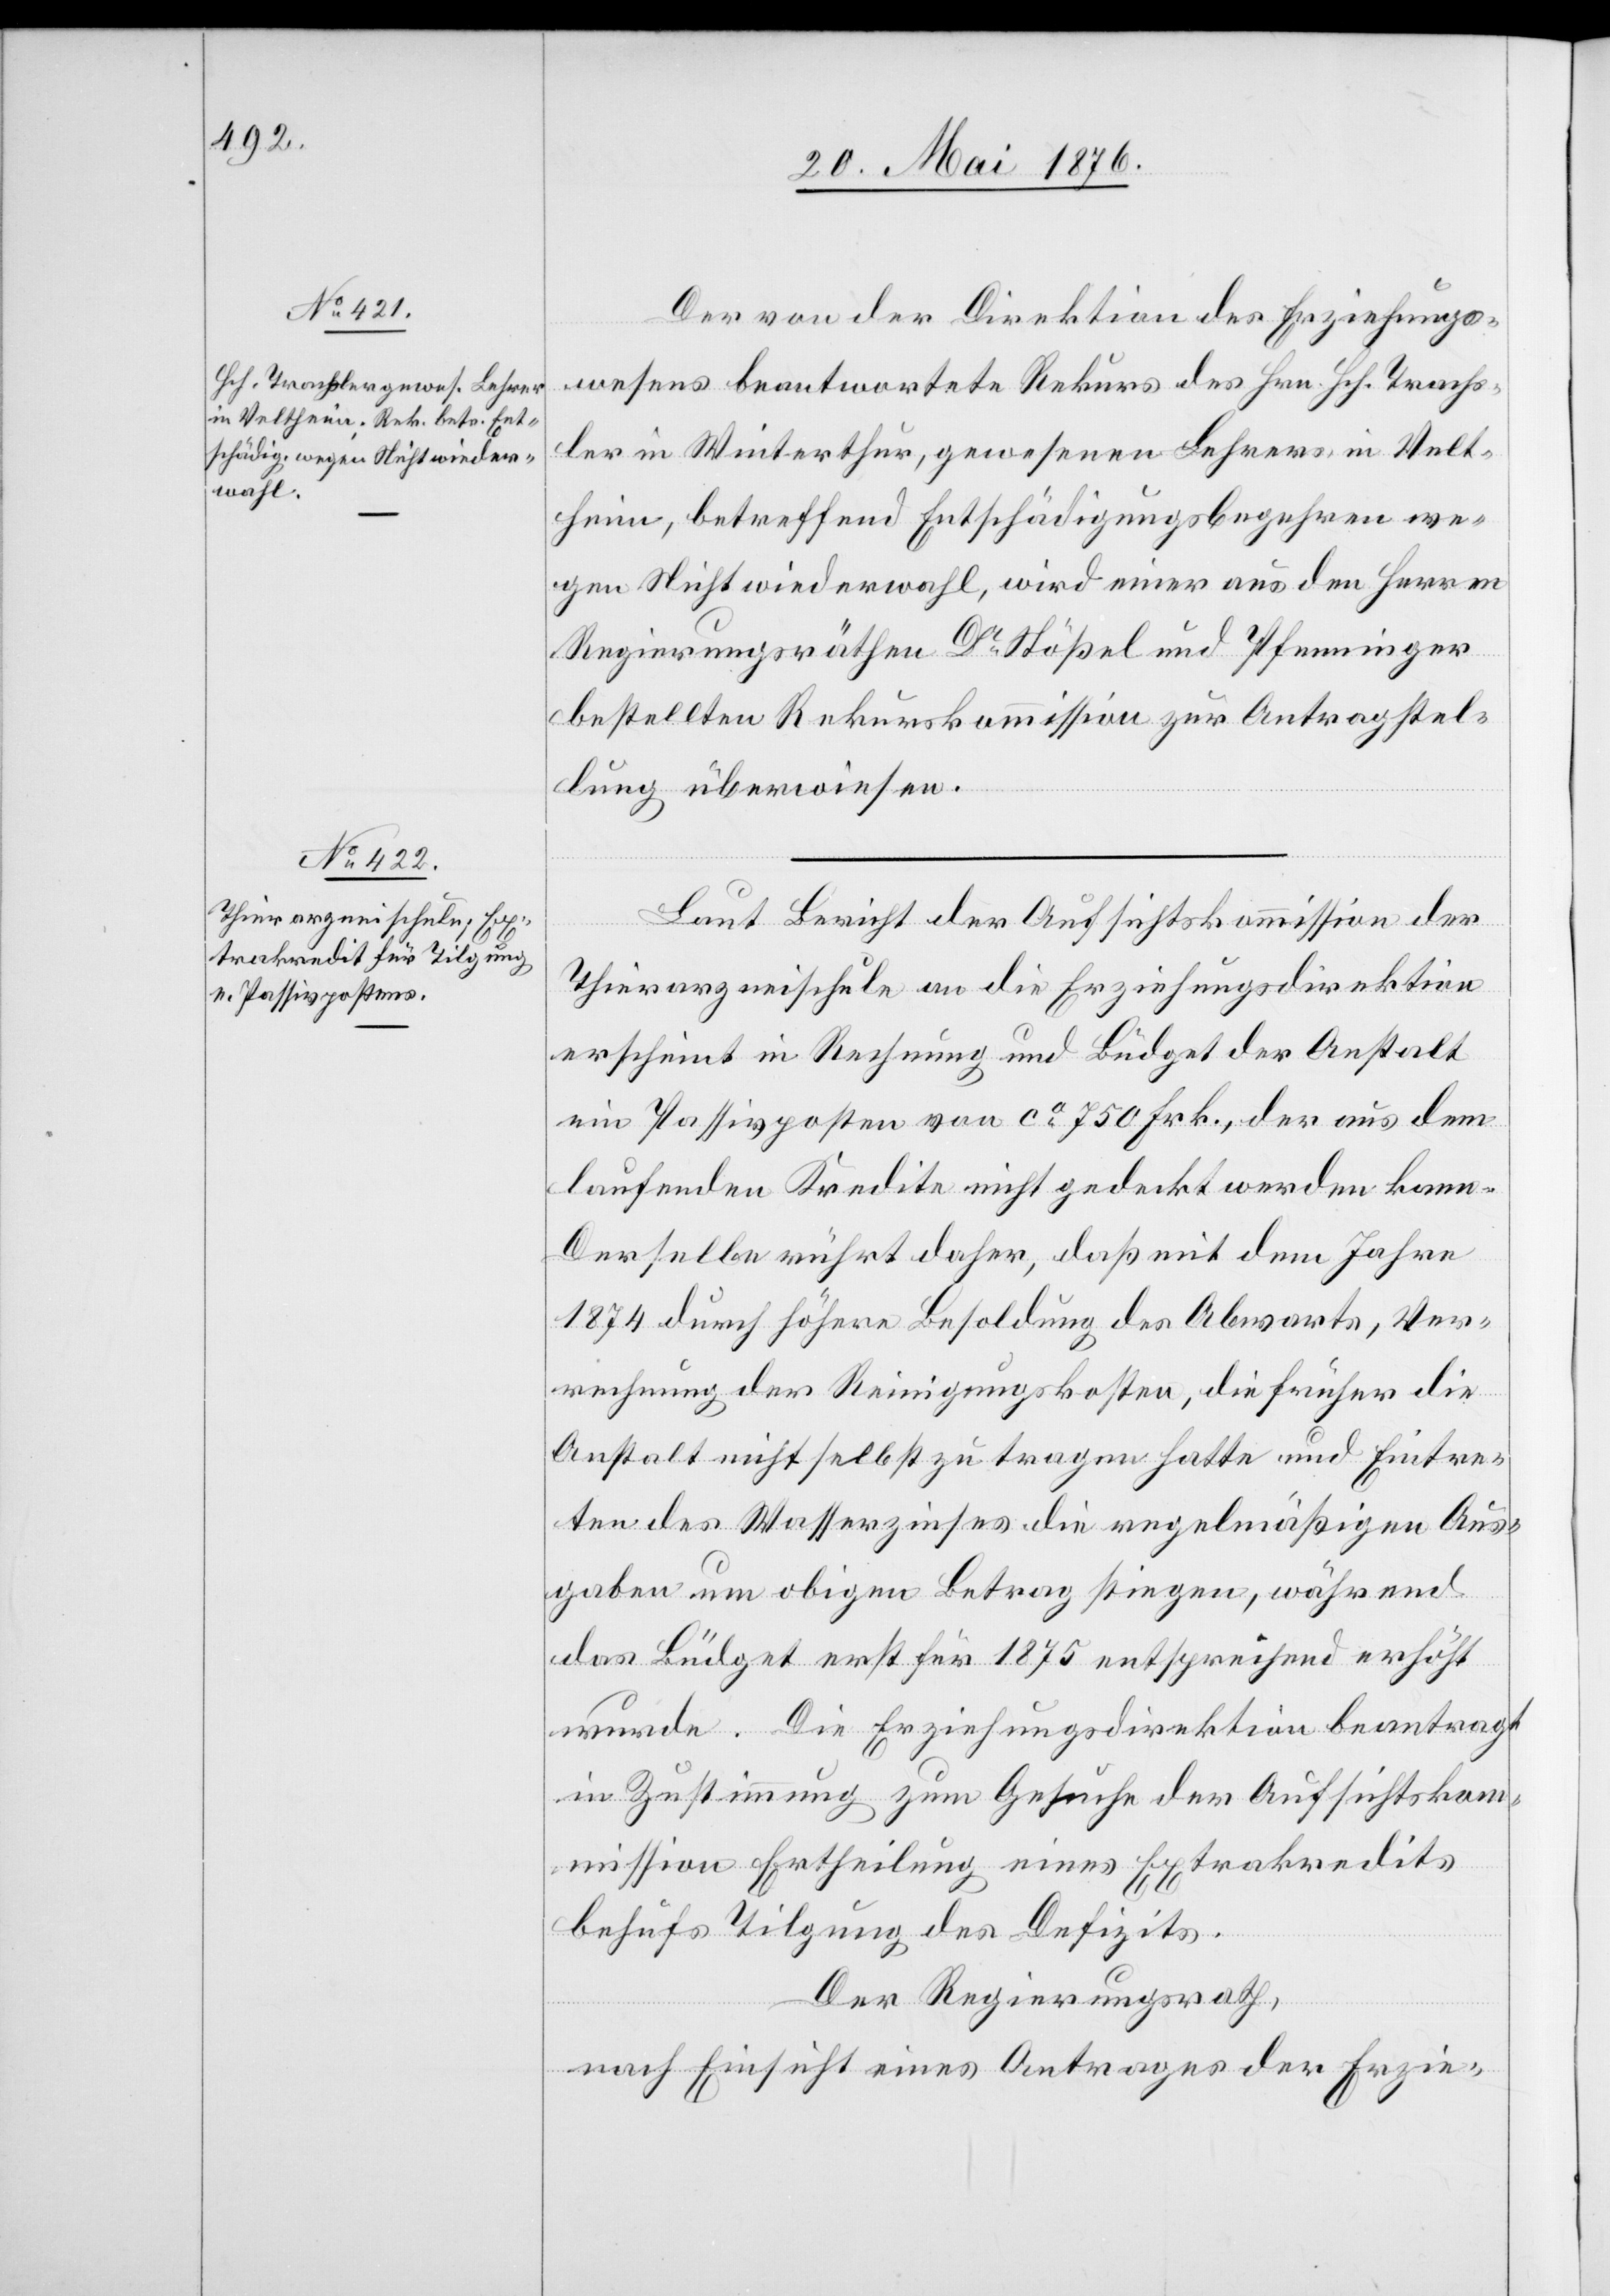
Der von der Direktion des Erziehungs¬
wesens beantwortete Rekurs des Hrn. Hch. Trachs¬
ler in Winterthur, gewesener Lehrer in Velt¬
heim, betreffend Entschädigungsbegehren we¬
gen Nichtwiederwahl, wird einer aus den Herren
Regierungsräthen Dr Stößel und Pfenninger
bestellten Rekurskommission zur Antragstel¬
lung überwiesen.
Laut Bericht der Aufsichtskommission der
Thierarzneischule an die Erziehungsdirektion
erscheint in Rechnung und Büdget der Anstalt
ein Passivposten von ca 750 Frk., der aus dem
laufenden Kredite nicht gedeckt werden kann.
Derselbe rührt daher, daß mit dem Jahre
1874 durch höhere Besoldung des Abwarts, Ver¬
rechnung der Reinigungskosten, die früher die
Anstalt nicht selbst zu tragen hatte und Eintre¬
ten des Wasserzinses die regelmäßigen Aus¬
gaben um obigen Betrag stiegen, während
das Büdget erst für 1875 entsprechend erhöht
wurde. Die Erziehungsdirektion beantragt
in Zustimmung zum Gesuche der Aufsichtskom¬
mission Ertheilung eines Extrakredits
behufs Tilgung des Defizits.
Der Regierungsrath,
nach Einsicht eines Antrages der Erzie-